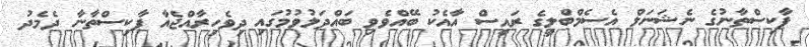
ޕާކިސްތާނުގެ ނެޝަނަލް އެސެމްބްލީގެ ރައީސް އާއެކު ބޭއްވެވި ބައްދަލުވުމުގައި ދިވެހިރާއްޖެއާ ޕާކިސްތާނާ ދެމެދު